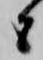
と